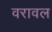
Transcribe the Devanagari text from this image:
वरावल